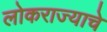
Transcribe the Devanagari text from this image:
लोकराज्याचे